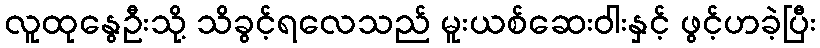
လူထုနွေဦးသို့ သိခွင့်ရလေသည် မူးယစ်ဆေးဝါးနှင့် ဖွင့်ဟခဲ့ပြီး